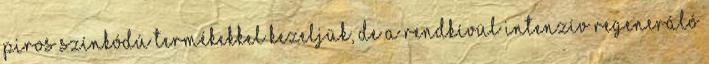
piros színkódú termékekkel kezeljük, de a rendkívül intenzív regeneráló